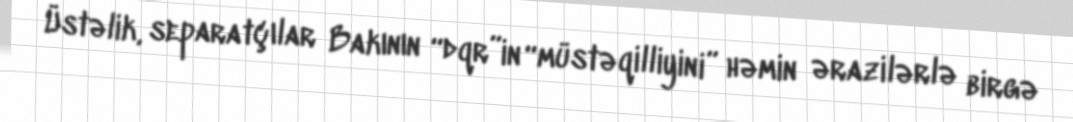
Üstəlik, separatçılar Bakının “dqr”in “müstəqilliyini” həmin ərazilərlə birgə